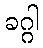
ခဂ္ဂါ